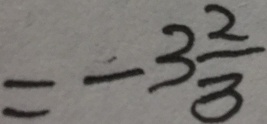
= - 3 \frac { 2 } { 3 }